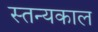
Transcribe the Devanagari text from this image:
स्तन्यकाल